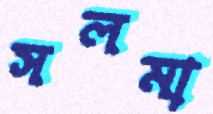
সলমা